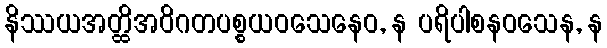
နိဿယအတ္ထိအဝိဂတပစ္စယဝသေနေဝ, န ပရိပါစနဝသေန, န